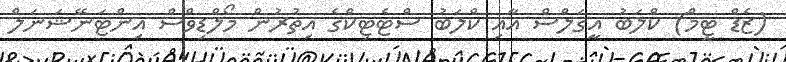
(ޒެޑް ޓީމް) ކްލަބު އީގަލްސް އާއި ކްލަބު ސްޓެޓިކްގެ އިތުރުން މޯލްޑިވްސް އިންޓަނޭޝަނަލް